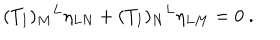
( T _ { I } ) _ { M } { } ^ { L } \eta _ { L N } + ( T _ { I } ) _ { N } { } ^ { L } \eta _ { L M } = 0 ~ .